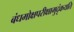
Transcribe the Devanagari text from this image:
बंधमोक्षपरीक्षामुदृंकयति